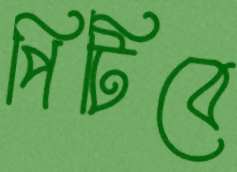
পিটিবে